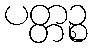
ပတ္တဉ္စ